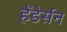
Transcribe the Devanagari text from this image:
हेंडेर्सन